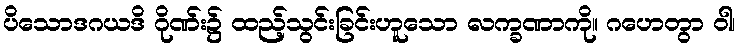
ပိသောဒဂယဒိ ဂိုဏ်း၌ ထည့်သွင်းခြင်းဟူသော လက္ခဏာကို။ ဂဟေတွာ ဝါ၊